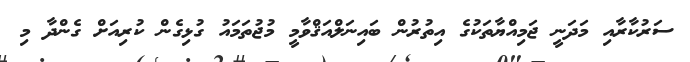
ސަރުކާރާއި މަދަނީ ޖަމިއްޔާތަކުގެ އިތުރުން ބައިނަލްއަޤްވާމީ މުޖުތަމައު ގުޅިގެން ކުރިއަށް ގެންދާ މި